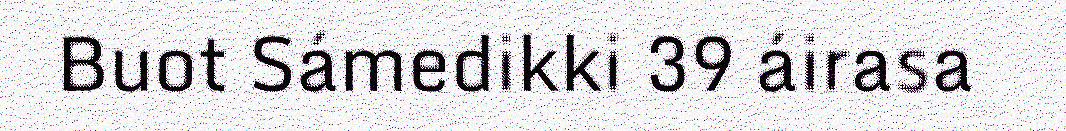
Buot Sámedikki 39 áirasa